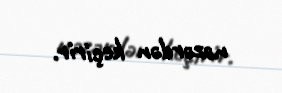
nəzərdən keçirir.